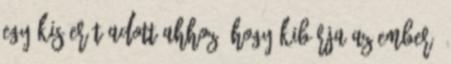
egy kis erőt adott ahhoz, hogy kibírja az ember.